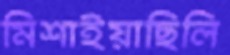
মিশাইয়াছিলি